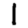
Digit: 1